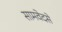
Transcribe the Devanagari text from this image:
सामवेदसे